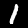
Label: 1